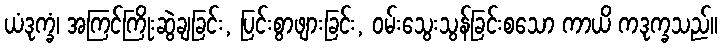
ယံဒုက္ခံ၊ အကြင်ကြိုးဆွဲချခြင်း, ပြင်းစွာဖျားခြင်း, ဝမ်းသွေးသွန်ခြင်းစသော ကာယိ ကဒုက္ခသည်။